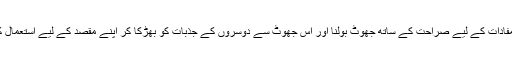
عدم توجہ، بےاعتقادی اور اپنے مفادات کے لیے صراحت کے ساتھ جھوٹ بولنا اور اس جھوٹ سے دوسروں کے جذبات کو بھڑکا کر اپنے مقصد کے لیے استعمال کرنا ان کی علامات میں سے ہے۔